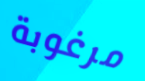
مرغوبة